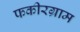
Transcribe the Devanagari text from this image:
फकीरग्राम